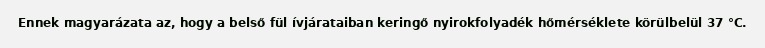
Ennek magyarázata az, hogy a belső fül ívjárataiban keringő nyirokfolyadék hőmérséklete körülbelül 37 °C.